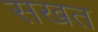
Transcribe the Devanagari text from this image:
सखत